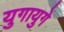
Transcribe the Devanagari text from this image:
युगायुगे